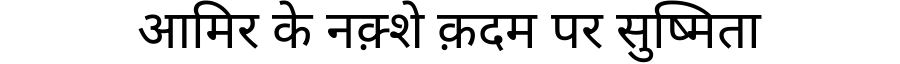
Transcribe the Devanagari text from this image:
आमिर के नक़्शे क़दम पर सुष्मिता